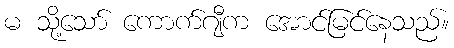
မ သို့သော် ကောက်ဂျီက အောင်မြင်နေသည်။